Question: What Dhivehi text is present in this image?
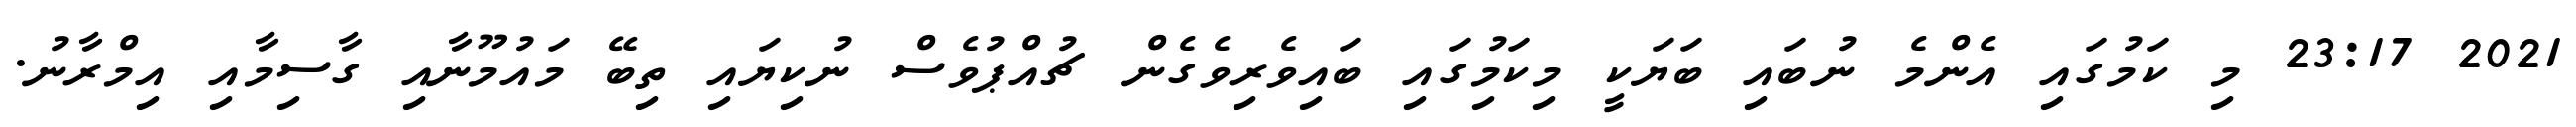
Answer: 2021 23:17 މި ކަމުގައި އެންމެ ނުބައި ބަޔަކީ މިކަމުިގައި ބައިވެރިވެގެން ޗުއްޕުވެސް ނުކިޔައި ތިބޭ މައުމޫނާއި ގާސިމާއި އިމްރާނު.